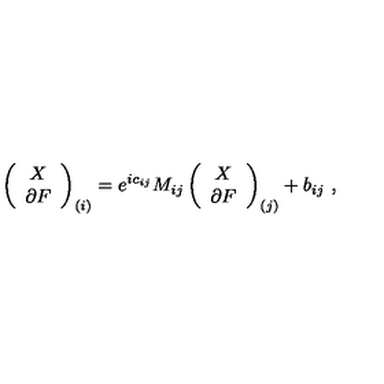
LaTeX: \left( \begin{array} { c } { X } \\ { \partial F } \\ \end{array} \right) _ { ( i ) } = e ^ { i c _ { i j } } M _ { i j } \left( \begin{array} { c } { X } \\ { \partial F } \\ \end{array} \right) _ { ( j ) } + b _ { i j } \ ,